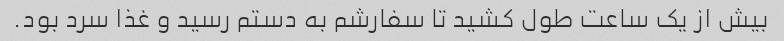
بیش از یک ساعت طول کشید تا سفارشم به دستم رسید و غذا سرد بود.